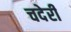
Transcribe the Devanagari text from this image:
चदेरी